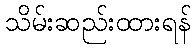
သိမ်းဆည်းထားရန်